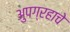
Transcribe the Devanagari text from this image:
अुपग्रहाचे